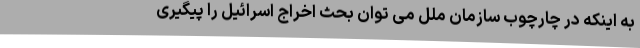
به اینکه در چارچوب سازمان ملل می توان بحث اخراج اسرائیل را پیگیری